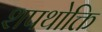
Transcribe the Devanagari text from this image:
शपथोक्ति